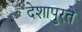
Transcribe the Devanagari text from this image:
देशापुरते